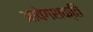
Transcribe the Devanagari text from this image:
आवेगशक्ति